Punjab Mental Hospital Lahore 1932-46 - 1932-1946
Year: 1932
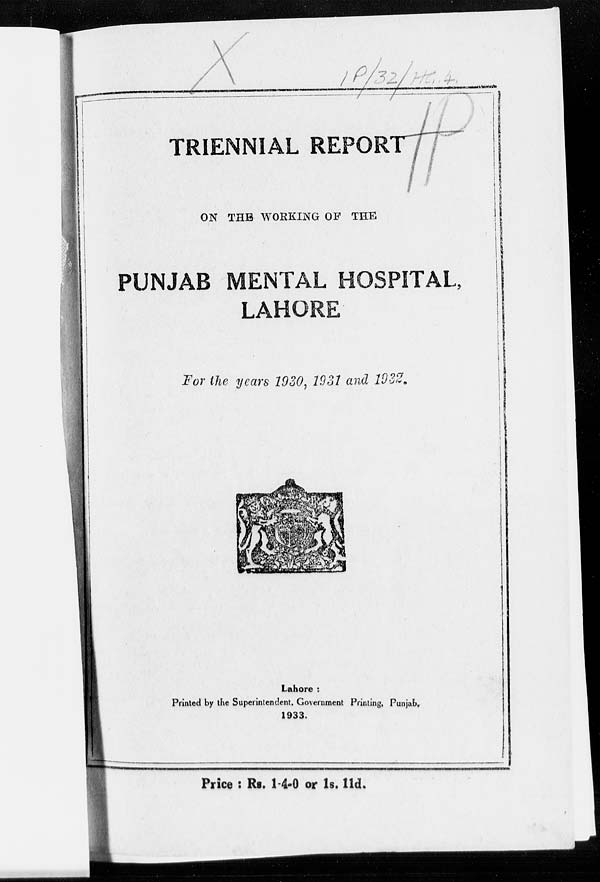
TRIENNIAL REPORT
ON THE WORKING OF THE
PUNJAB MENTAL HOSPITAL,
LAHORE
For the years 1930, 1931 and 1932.
Lahore :
Printed by the Superintendent, Government Printing, Punjab,
1933.
Price : Rs. 1-4-0 or 1s. 11d.